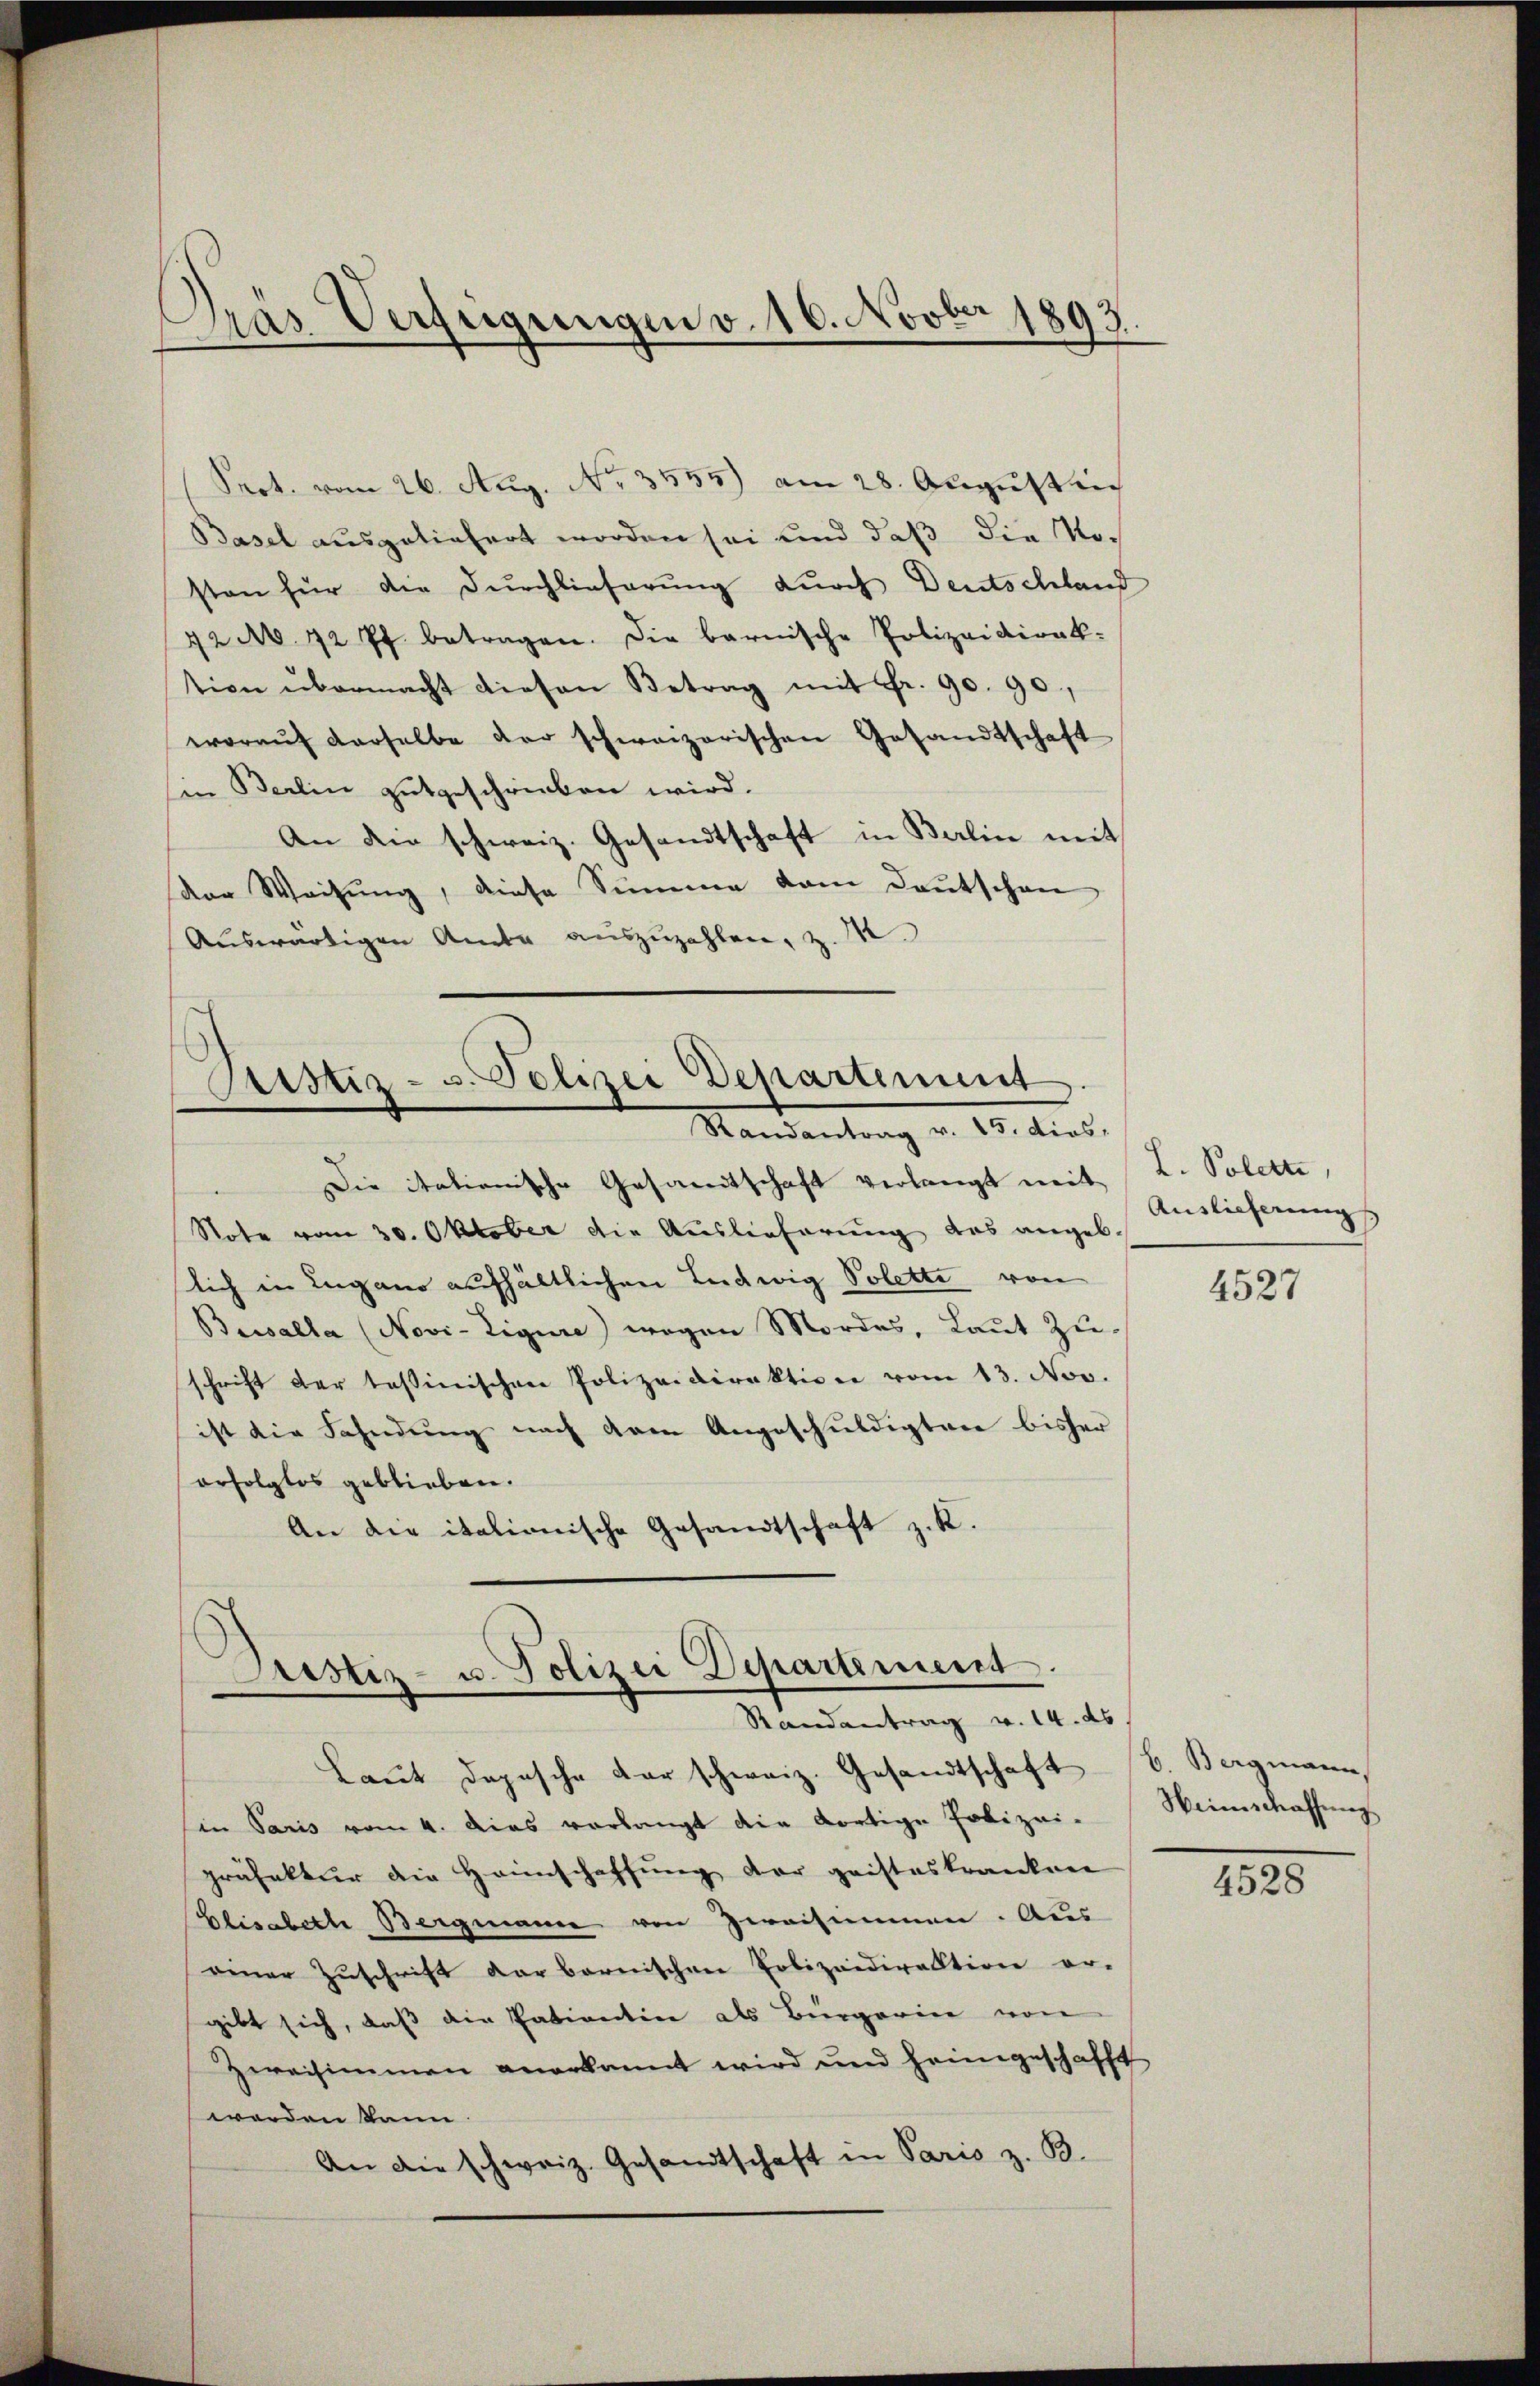
Das Verfügungen v. 16. Novber 1893.

Srot. vom 26. Aug. Nr. 3535) am 28. August in
Basel ausgeliefert worden sei und daß die Nosten für die Durchlieferung durch Deutschland
42 M. 12 Pf. betragen. Die barnische Polizeidirak-
tion übermacht diesen Betrag mit Fr. 90. 90,
woraŭf derselbe der schweizerischen Gesandtschaft
Ein Berlin gutgeschrieben wird.
An die schweiz. Gesandtschaft in Berlin mit
dor Weisung, diese Summe vom Deutschen
Auswärtigen Amte auszuzahlen, z. M.

Sistiz- u. Polizei Departement
Randantrag v. 15. dies

Die itationische Gesamtschaft verlangt mit L. Poletti,
Note vom 30. Oktober die Auslieferung des angeb.
slich in Lugano aufhältlichen Ludwig Solette von
Basalla (Novi-Tigure) wegen Mordes, Laut Zuschrift der tessinischen Polizeidirektion vom 13. Nov.
ist die Fahndung nach dem Angeschuldigten bisher
orfolglos geblieben.
An die italionische Gesandtschaft z. K.

Astiz- u. Polizei Departement.
Randantrag v. 14. ds

Laŭt Depesche der schweiz. Gesandtschaft B. Bergmann,
in Paris vom 4. Das verlangt die dortige Polizei. Weinschaffŭng
präfektur die Heimschaffung der geisteskrankene
Elisabethe Bergmann von Zweisammen. Aus
einer Zuschrift der bernischen Polizeidirektion er-
gibt sich, daß die Patientin als Bürgerin von
Zweisimmen anerkannt wird und heimgeschafft
werden kann
An die schweiz. Gesandtschaft in Paris z. B.

Auslieferung

4527

4528